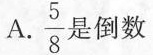
A. \frac{5}{8} 是倒数